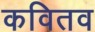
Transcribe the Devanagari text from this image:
कवितव